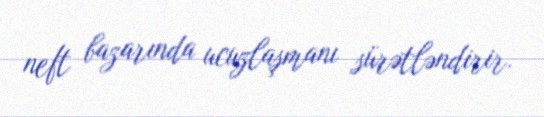
neft bazarında ucuzlaşmanı sürətləndirir.